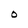
Character: O